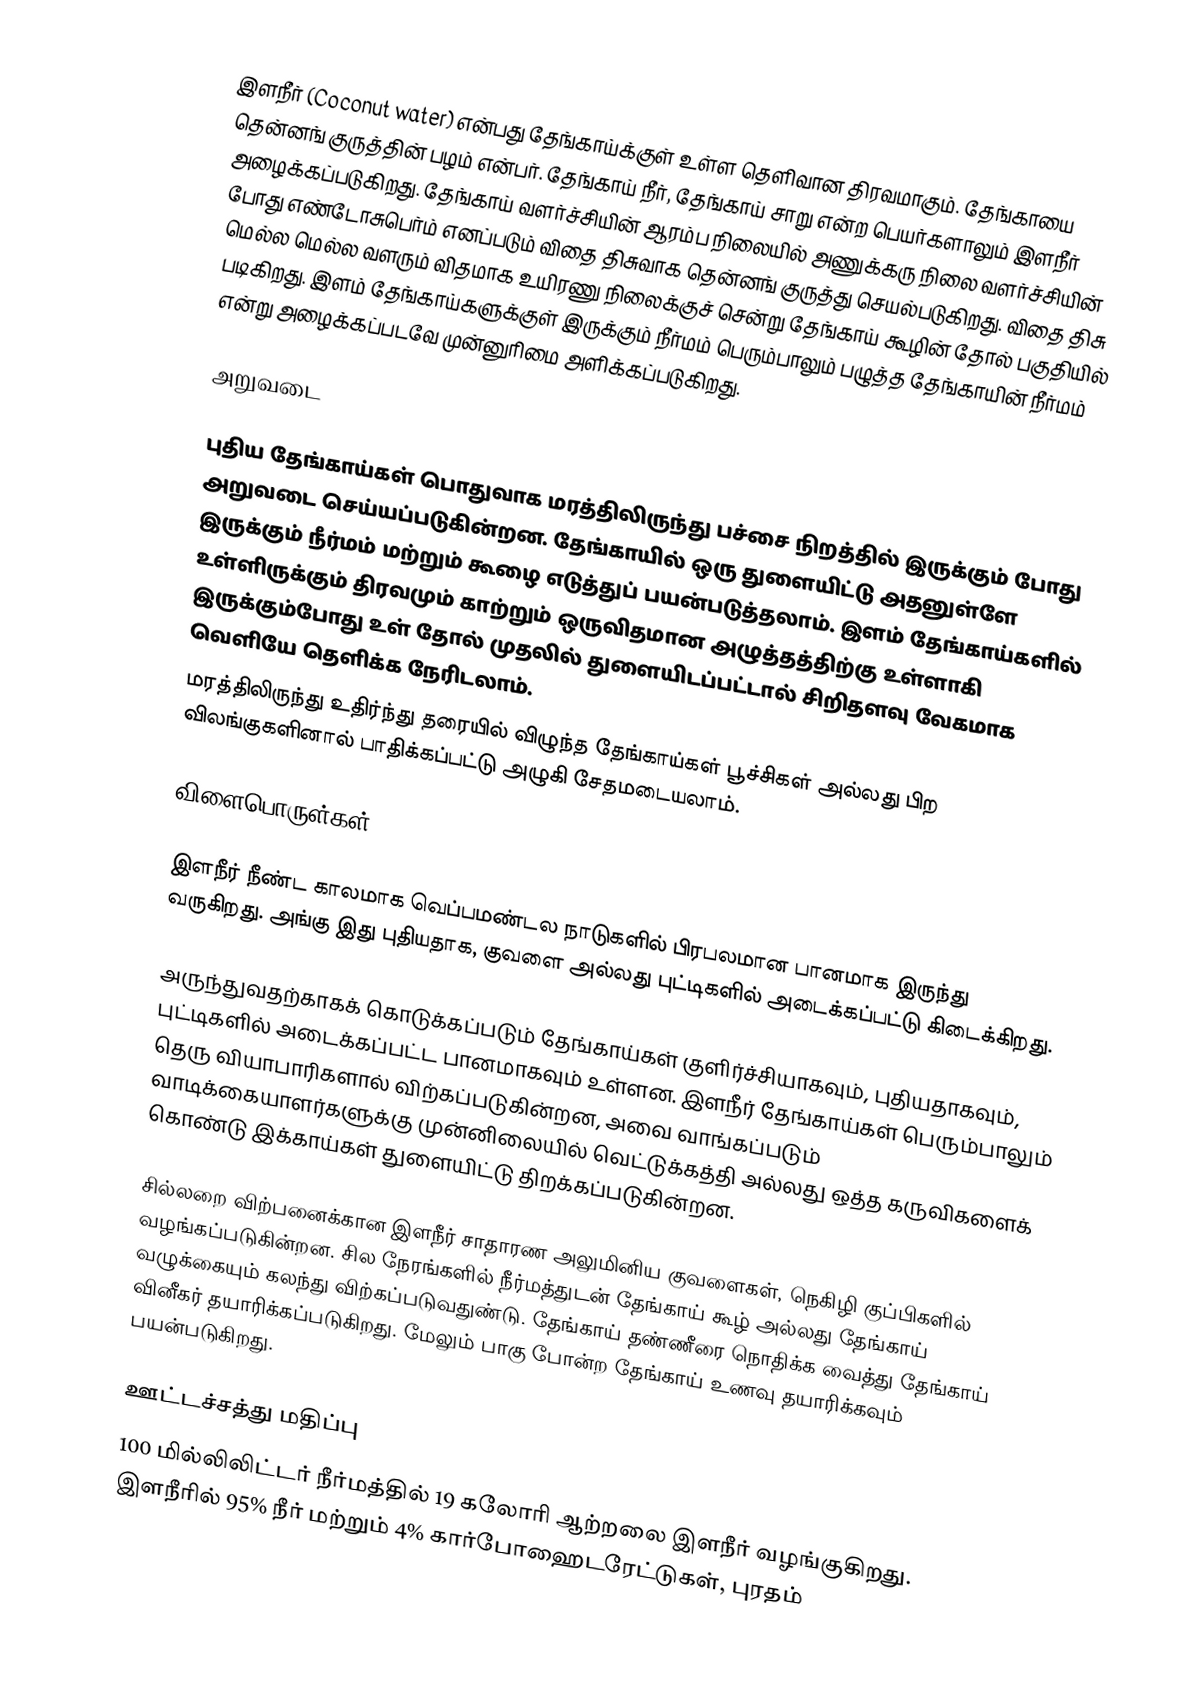
இளநீர் (Coconut water) என்பது தேங்காய்க்குள் உள்ள தெளிவான திரவமாகும். தேங்காயை தென்னங் குருத்தின் பழம் என்பர். தேங்காய் நீர், தேங்காய் சாறு என்ற பெயர்களாலும் இளநீர் அழைக்கப்படுகிறது. தேங்காய் வளர்ச்சியின் ஆரம்ப நிலையில் அணுக்கரு நிலை வளர்ச்சியின் போது எண்டோசுபெர்ம் எனப்படும் விதை திசுவாக தென்னங் குருத்து செயல்படுகிறது.  விதை திசு மெல்ல மெல்ல வளரும் விதமாக உயிரணு நிலைக்குச் சென்று தேங்காய் கூழின் தோல் பகுதியில் படிகிறது. இளம் தேங்காய்களுக்குள் இருக்கும் நீர்மம்  பெரும்பாலும் பழுத்த தேங்காயின் நீர்மம் என்று அழைக்கப்படவே முன்னுரிமை அளிக்கப்படுகிறது.

அறுவடை

புதிய தேங்காய்கள் பொதுவாக மரத்திலிருந்து பச்சை நிறத்தில் இருக்கும் போது அறுவடை செய்யப்படுகின்றன. தேங்காயில் ஒரு துளையிட்டு அதனுள்ளே இருக்கும் நீர்மம் மற்றும் கூழை எடுத்துப் பயன்படுத்தலாம். இளம் தேங்காய்களில் உள்ளிருக்கும் திரவமும் காற்றும் ஒருவிதமான அழுத்தத்திற்கு உள்ளாகி இருக்கும்போது உள் தோல் முதலில் துளையிடப்பட்டால் சிறிதளவு வேகமாக வெளியே தெளிக்க நேரிடலாம்.
மரத்திலிருந்து உதிர்ந்து தரையில் விழுந்த தேங்காய்கள் பூச்சிகள் அல்லது பிற விலங்குகளினால் பாதிக்கப்பட்டு அழுகி சேதமடையலாம்.

விளைபொருள்கள்

இளநீர் நீண்ட காலமாக வெப்பமண்டல நாடுகளில் பிரபலமான பானமாக இருந்து வருகிறது. அங்கு இது புதியதாக, குவளை அல்லது புட்டிகளில் அடைக்கப்பட்டு கிடைக்கிறது.

அருந்துவதற்காகக் கொடுக்கப்படும் தேங்காய்கள் குளிர்ச்சியாகவும், புதியதாகவும், புட்டிகளில் அடைக்கப்பட்ட பானமாகவும் உள்ளன. இளநீர் தேங்காய்கள் பெரும்பாலும் தெரு வியாபாரிகளால் விற்கப்படுகின்றன, அவை வாங்கப்படும் வாடிக்கையாளர்களுக்கு முன்னிலையில் வெட்டுக்கத்தி அல்லது ஒத்த கருவிகளைக் கொண்டு இக்காய்கள் துளையிட்டு திறக்கப்படுகின்றன.

சில்லறை விற்பனைக்கான இளநீர் சாதாரண அலுமினிய குவளைகள், நெகிழி குப்பிகளில் வழங்கப்படுகின்றன. சில நேரங்களில் நீர்மத்துடன் தேங்காய் கூழ் அல்லது தேங்காய் வழுக்கையும் கலந்து விற்கப்படுவதுண்டு. தேங்காய் தண்ணீரை நொதிக்க வைத்து தேங்காய் வினீகர் தயாரிக்கப்படுகிறது. மேலும் பாகு போன்ற தேங்காய் உணவு தயாரிக்கவும் பயன்படுகிறது.

ஊட்டச்சத்து மதிப்பு
100 மில்லிலிட்டர் நீர்மத்தில் 19 கலோரி ஆற்றலை இளநீர் வழங்குகிறது. இளநீரில் 95% நீர் மற்றும் 4% கார்போஹைடரேட்டுகள், புரதம்